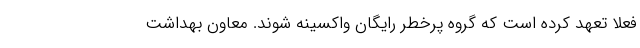
فعلا تعهد کرده است که گروه پرخطر رایگان واکسینه شوند. معاون بهداشت